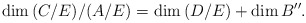
\begin{align*}\dim {(C/E)/(A/E)} = \dim {(D/E)} + \dim B''.\end{align*}